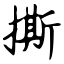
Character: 撕